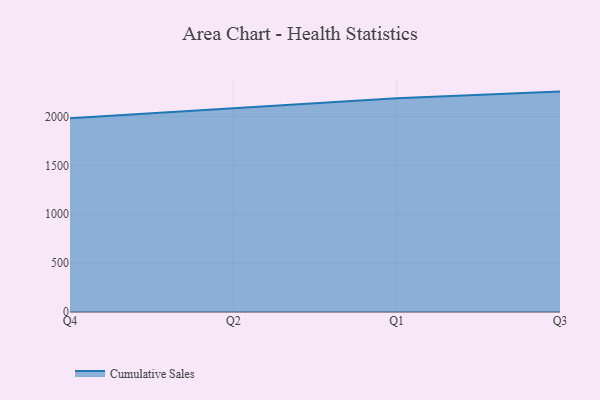
{"axis": {"x": "Quarter", "y": "Waste Production (Tons)"}, "legend": ["Cumulative Sales"], "data": [{"x": "Q4", "y": 1982.6, "type": "Cumulative Sales"}, {"x": "Q2", "y": 2083.2, "type": "Cumulative Sales"}, {"x": "Q1", "y": 2185.4, "type": "Cumulative Sales"}, {"x": "Q3", "y": 2254.2, "type": "Cumulative Sales"}]}